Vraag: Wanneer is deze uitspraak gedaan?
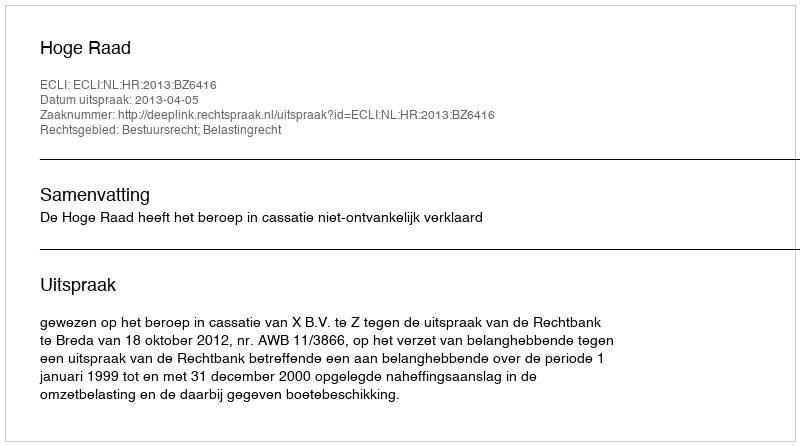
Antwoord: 2013-04-05